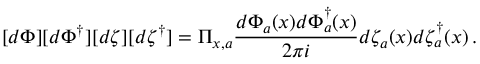
[ d \Phi ] [ d \Phi ^ { \dagger } ] [ d \zeta ] [ d \zeta ^ { \dagger } ] = \Pi _ { x , a } \frac { d \Phi _ { a } ( x ) d \Phi _ { a } ^ { \dagger } ( x ) } { 2 \pi i } d \zeta _ { a } ( x ) d \zeta _ { a } ^ { \dagger } ( x ) \, .